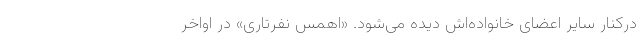
درکنار سایر اعضای خانواده‌اش دیده می‌شود. «اهمس نفرتاری» در اواخر